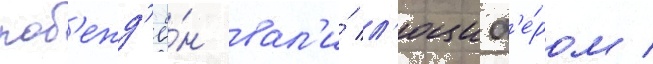
поб'ежд'ё́н вал'и́ л'юциф'е́ром /